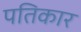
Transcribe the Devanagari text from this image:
पतिकार